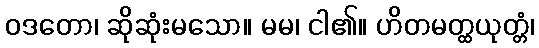
ဝဒတော၊ ဆိုဆုံးမသော။ မမ၊ ငါ၏။ ဟိတမတ္ထယုတ္တံ၊